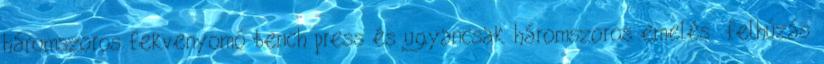
háromszoros fekvenyomó bench press és ugyancsak háromszoros emelés felhúzás